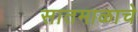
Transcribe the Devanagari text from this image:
सातमाळाचे